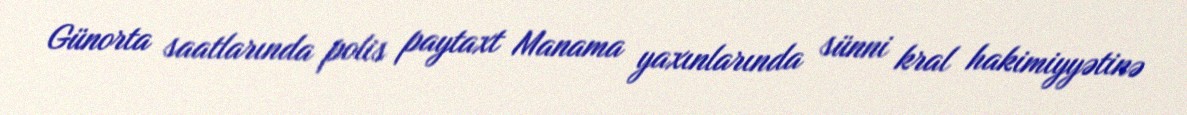
Günorta saatlarında polis paytaxt Manama yaxınlarında sünni kral hakimiyyətinə